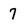
Character: 7